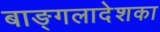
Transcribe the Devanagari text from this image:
बाङ्गलादेशका